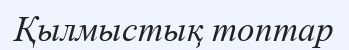
Қылмыстық топтар